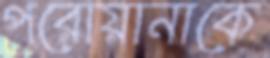
পরোয়ানাকে